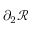
\partial _ { 2 } \mathscr { R }